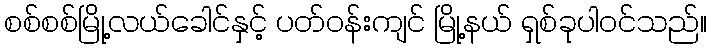
စစ်စစ်မြို့လယ်ခေါင်နှင့် ပတ်ဝန်းကျင် မြို့နယ် ရှစ်ခုပါဝင်သည်။